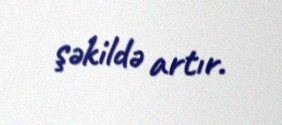
şəkildə artır.